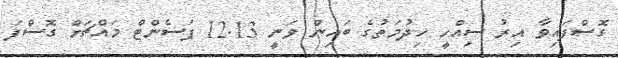
ގޮސްފައިވާ އިރު ސިއްހީ ހިދުމަތުގެ ބައިން ވަނީ 12.13 ޕަސެންޓް މައްޗަށް ގޮސްފަ